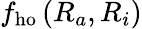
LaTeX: f_{\mathrm{ho}}\left(R_{a},R_{i}\right)